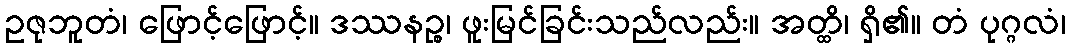
ဥဇုဘူတံ၊ ဖြောင့်ဖြောင့်။ ဒဿနဉ္စ၊ ဖူးမြင်ခြင်းသည်လည်း။ အတ္ထိ၊ ရှိ၏။ တံ ပုဂ္ဂလံ၊